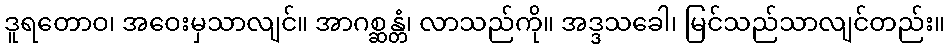
ဒူရတောဝ၊ အဝေးမှသာလျင်။ အာဂစ္ဆန္တံ၊ လာသည်ကို။ အဒ္ဒသခေါ၊ မြင်သည်သာလျင်တည်း။